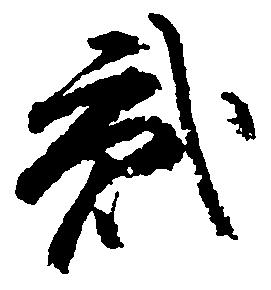
弐